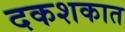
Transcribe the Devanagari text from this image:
दकशकात